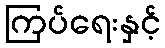
ကြပ်ရေးနှင့်